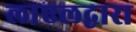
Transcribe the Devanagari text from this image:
लाएलद्वारा